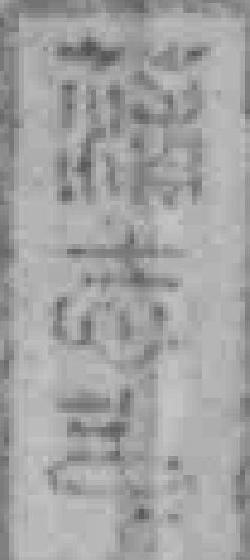
*志*